Annual report of the Madras Medical College
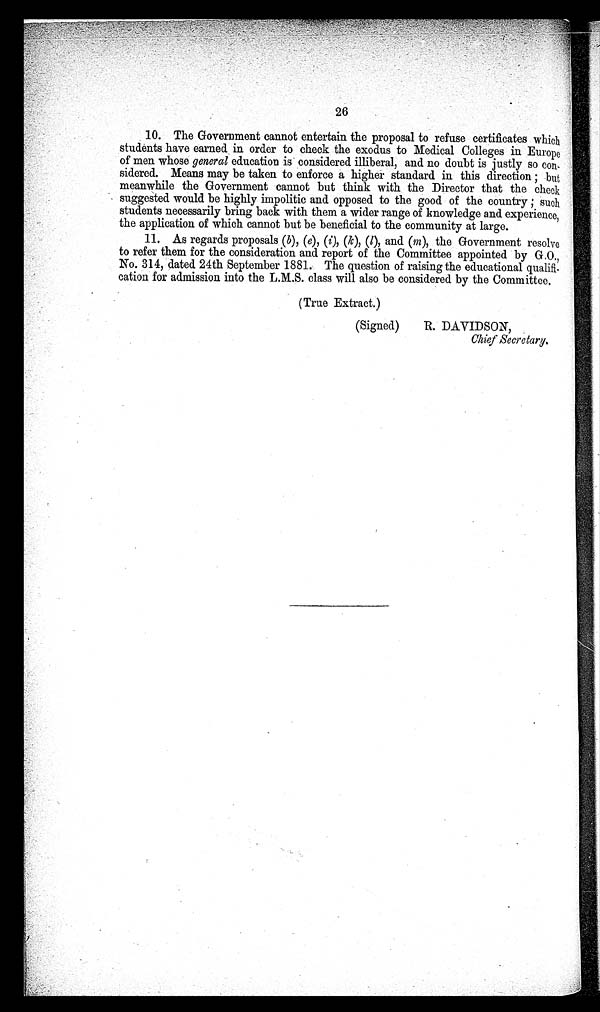
26
10. The Government cannot entertain the proposal to refuse certificates which
students have earned in order to check the exodus to Medical Colleges in Europe
of men whose general education is considered illiberal, and no doubt is justly so
con-sidered. Means may be taken to enforce a higher standard in this direction; but
meanwhile the Government cannot but think with the Director that the check
suggested would be highly impolitic and opposed to the good of the country; such
students necessarily bring back with them a wider range of knowledge and experience,
the application of which cannot but be beneficial to the community at large.
11. As regards proposals ( b), (e), (i ), (k), (l ) a n d (
m ) , t h e G o v e r n m e n t r e s o l v e
to refer them for the consideration and report of the Committee appointed by G.O.,
No. 314, dated 24th September 1881. The question of raising the educational qualifi-
cation for admission into the L.M.S. class will also be considered by the Committee.
(True Extract.)
(Signed)
B. DAVIDSON,
Chief Secretary .